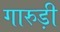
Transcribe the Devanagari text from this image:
गारुड़ी